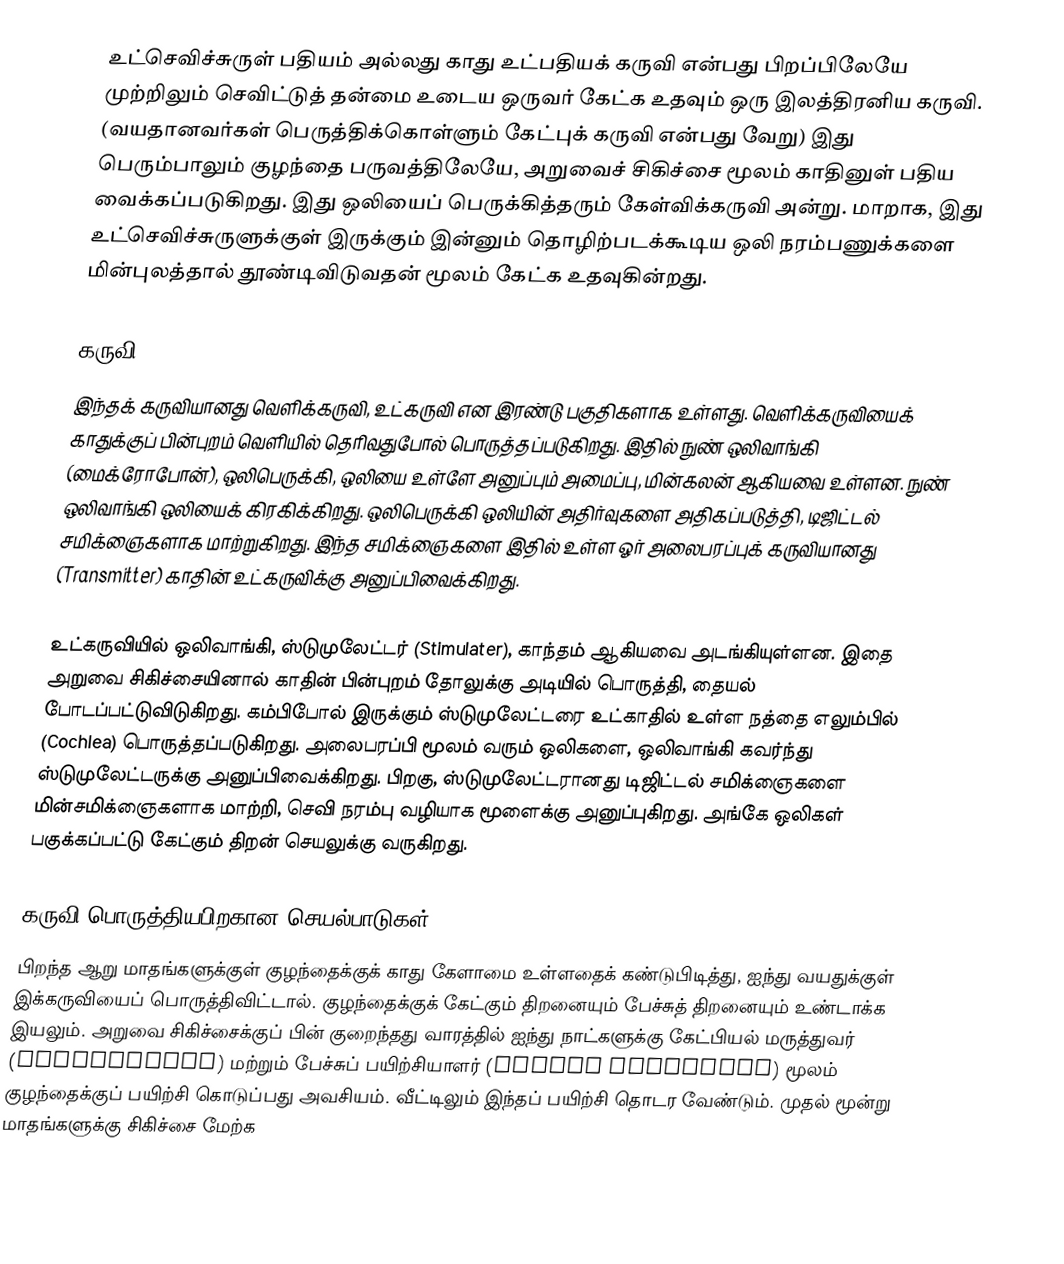
உட்செவிச்சுருள் பதியம் அல்லது காது உட்பதியக் கருவி என்பது பிறப்பிலேயே முற்றிலும் செவிட்டுத் தன்மை உடைய ஒருவர் கேட்க உதவும் ஒரு இலத்திரனிய கருவி. (வயதானவர்கள் பெருத்திக்கொள்ளும் கேட்புக் கருவி என்பது வேறு) இது பெரும்பாலும் குழந்தை பருவத்திலேயே, அறுவைச் சிகிச்சை மூலம் காதினுள் பதிய வைக்கப்படுகிறது. இது ஒலியைப் பெருக்கித்தரும் கேள்விக்கருவி அன்று. மாறாக, இது உட்செவிச்சுருளுக்குள் இருக்கும் இன்னும் தொழிற்படக்கூடிய ஒலி நரம்பணுக்களை மின்புலத்தால் தூண்டிவிடுவதன் மூலம் கேட்க உதவுகின்றது.

கருவி
இந்தக் கருவியானது வெளிக்கருவி, உட்கருவி என இரண்டு பகுதிகளாக உள்ளது. வெளிக்கருவியைக் காதுக்குப் பின்புறம் வெளியில் தெரிவதுபோல் பொருத்தப்படுகிறது. இதில் நுண் ஒலிவாங்கி (மைக்ரோபோன்), ஒலிபெருக்கி, ஒலியை உள்ளே அனுப்பும் அமைப்பு, மின்கலன் ஆகியவை உள்ளன. நுண் ஒலிவாங்கி ஒலியைக் கிரகிக்கிறது. ஒலிபெருக்கி ஒலியின் அதிர்வுகளை அதிகப்படுத்தி, டிஜிட்டல் சமிக்ஞைகளாக மாற்றுகிறது. இந்த சமிக்ஞைகளை இதில் உள்ள ஓர் அலைபரப்புக் கருவியானது (Transmitter) காதின் உட்கருவிக்கு அனுப்பிவைக்கிறது.

உட்கருவியில் ஒலிவாங்கி, ஸ்டுமுலேட்டர் (Stimulater), காந்தம் ஆகியவை அடங்கியுள்ளன. இதை அறுவை சிகிச்சையினால் காதின் பின்புறம் தோலுக்கு அடியில் பொருத்தி, தையல் போடப்பட்டுவிடுகிறது. கம்பிபோல் இருக்கும் ஸ்டுமுலேட்டரை உட்காதில் உள்ள நத்தை எலும்பில் (Cochlea) பொருத்தப்படுகிறது. அலைபரப்பி மூலம் வரும் ஒலிகளை, ஒலிவாங்கி கவர்ந்து ஸ்டுமுலேட்டருக்கு அனுப்பிவைக்கிறது. பிறகு, ஸ்டுமுலேட்டரானது டிஜிட்டல் சமிக்ஞைகளை மின்சமிக்ஞைகளாக மாற்றி, செவி நரம்பு வழியாக மூளைக்கு அனுப்புகிறது. அங்கே ஒலிகள் பகுக்கப்பட்டு கேட்கும் திறன் செயலுக்கு வருகிறது.

கருவி பொருத்தியபிறகான செயல்பாடுகள்
பிறந்த ஆறு மாதங்களுக்குள் குழந்தைக்குக் காது கேளாமை உள்ளதைக் கண்டுபிடித்து, ஐந்து வயதுக்குள் இக்கருவியைப் பொருத்திவிட்டால். குழந்தைக்குக் கேட்கும் திறனையும் பேச்சுத் திறனையும் உண்டாக்க இயலும். அறுவை சிகிச்சைக்குப் பின் குறைந்தது வாரத்தில் ஐந்து நாட்களுக்கு கேட்பியல் மருத்துவர் (Audiologist) மற்றும் பேச்சுப் பயிற்சியாளர் (Speech Therapist) மூலம் குழந்தைக்குப் பயிற்சி கொடுப்பது அவசியம். வீட்டிலும் இந்தப் பயிற்சி தொடர வேண்டும். முதல் மூன்று மாதங்களுக்கு சிகிச்சை மேற்க